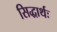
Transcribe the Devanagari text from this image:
सिद्धार्थः